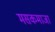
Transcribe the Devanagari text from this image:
मसकमाजा